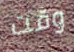
وقت